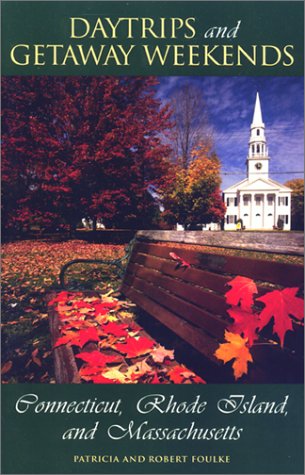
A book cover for Daytrips and Getaway Weekends in Connecticut, Rhode Island, and Massachusetts (Daytrips & Getaway Weekends in Connecticut, Rhode Island, & Massachusetts); Patricia Foulke; Travel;